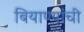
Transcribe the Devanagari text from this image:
बियाण्यांची